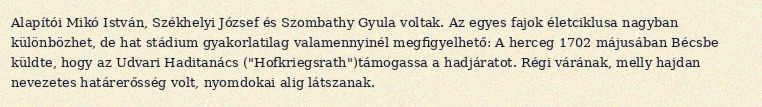
Alapítói Mikó István, Székhelyi József és Szombathy Gyula voltak. Az egyes fajok életciklusa nagyban különbözhet, de hat stádium gyakorlatilag valamennyinél megfigyelhető: A herceg 1702 májusában Bécsbe küldte, hogy az Udvari Haditanács ("Hofkriegsrath")támogassa a hadjáratot. Régi várának, melly hajdan nevezetes határerősség volt, nyomdokai alig látszanak.